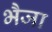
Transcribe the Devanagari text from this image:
भैजा